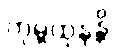
ကုမ္ဘထုနန္တိ